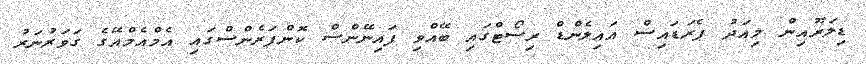
ޑިލަރޫއިން މިއަދު ޕެރަޑައިސް އައިލެންޑް ރިސޯޓްގައި ބޭއްވި ފައިނޭންސް ކޮންފަރެންސްގައި އެމްއެމްއޭގެ ގަވަރުނަރު